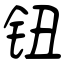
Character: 钮